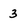
Character: 3